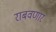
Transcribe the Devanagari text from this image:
राबवणार